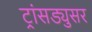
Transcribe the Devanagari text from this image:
ट्रांसड्युसर